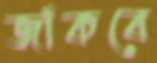
জাঁকবে